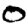
Digit: 0